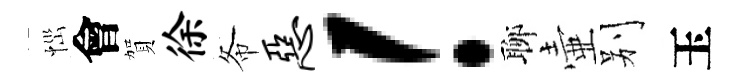
𢙉會賀徐𢁙恶！聊壷别玉